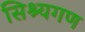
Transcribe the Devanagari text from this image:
सिश्यगण